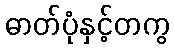
ဓာတ်ပုံနှင့်တကွ